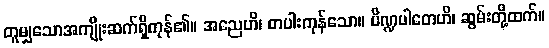
တူမျှသောအကျိုးဆက်ရှိကုန်၏။ အညေဟိ၊ တပါးကုန်သော။ ပိဏ္ဍပါတေဟိ၊ ဆွမ်းတို့ထက်။